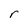
Character: r